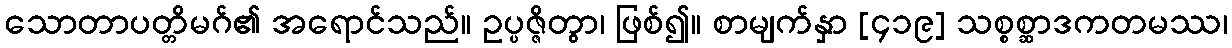
သောတာပတ္တိမဂ်၏ အရောင်သည်။ ဥပ္ပဇ္ဇိတွာ၊ ဖြစ်၍။ စာမျက်နှာ [၄၁၉] သစ္စစ္ဆာဒကတမဿ၊